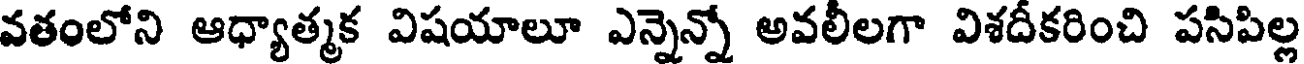
వతంలోని ఆధ్యాత్మక విషయాలూ ఎన్నెన్నో అవలీలగా విశదీకరించి పసిపిల్ల